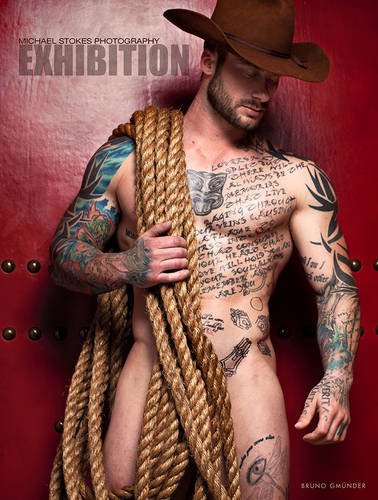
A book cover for Exhibition; Arts & Photography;